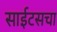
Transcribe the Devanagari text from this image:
साईटसचा